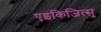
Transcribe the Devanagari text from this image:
एइकिजित्सु